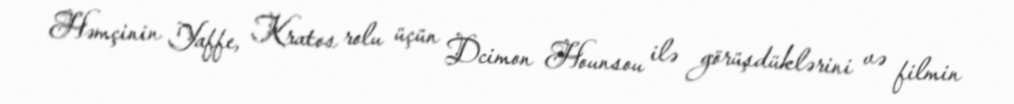
Həmçinin Yaffe, Kratos rolu üçün Dcimon Hounsou ilə görüşdüklərini və filmin